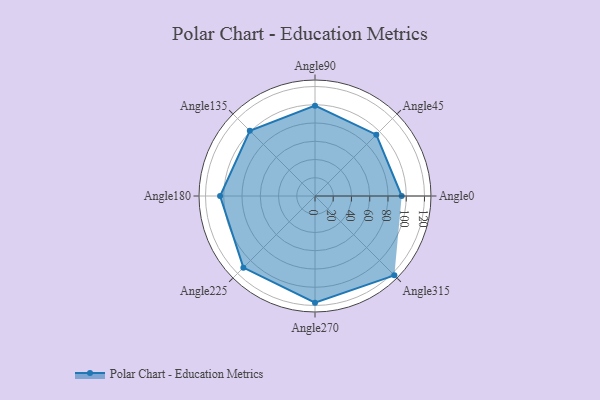
{"axis": {"x": "Angle", "y": "Radius"}, "legend": [""], "data": [{"x": "Angle0", "y": 95.0, "type": ""}, {"x": "Angle45", "y": 95.0, "type": ""}, {"x": "Angle90", "y": 99.0, "type": ""}, {"x": "Angle135", "y": 101.0, "type": ""}, {"x": "Angle180", "y": 104.0, "type": ""}, {"x": "Angle225", "y": 111.0, "type": ""}, {"x": "Angle270", "y": 117.0, "type": ""}, {"x": "Angle315", "y": 123.0, "type": ""}]}